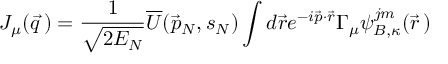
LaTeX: J _ { \mu } ( { \vec { q } } \, ) = \frac { 1 } { \sqrt { 2 E _ { N } } } { \overline { { U } } } ( { \vec { p } } _ { N } , s _ { N } ) \int d { \vec { r } } e ^ { - i { \vec { p } } \cdot { \vec { r } } } \Gamma _ { \mu } \psi _ { B , \kappa } ^ { j m } ( { \vec { r } } \, )